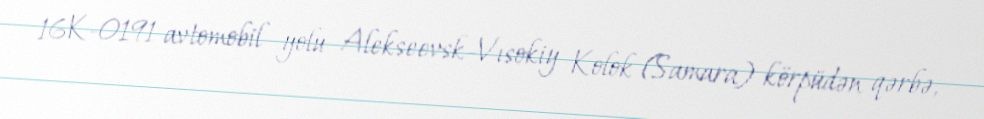
16K-0191 avtomobil yolu Alekseevsk-Vısokiy Kolok (Samara) körpüdən qərbə,